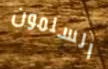
السلمون